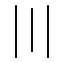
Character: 〣